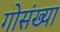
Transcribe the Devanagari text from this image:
गोसंख्या